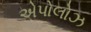
એપોલોઝ